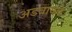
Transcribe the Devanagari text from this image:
अडवायचे